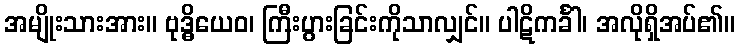
အမျိုးသားအား။ ဗုဒ္ဓိယေဝ၊ ကြီးပွားခြင်းကိုသာလျှင်။ ပါဋိကင်္ခါ၊ အလိုရှိအပ်၏။